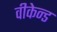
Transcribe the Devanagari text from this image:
वीकेन्ड